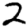
Digit: 2